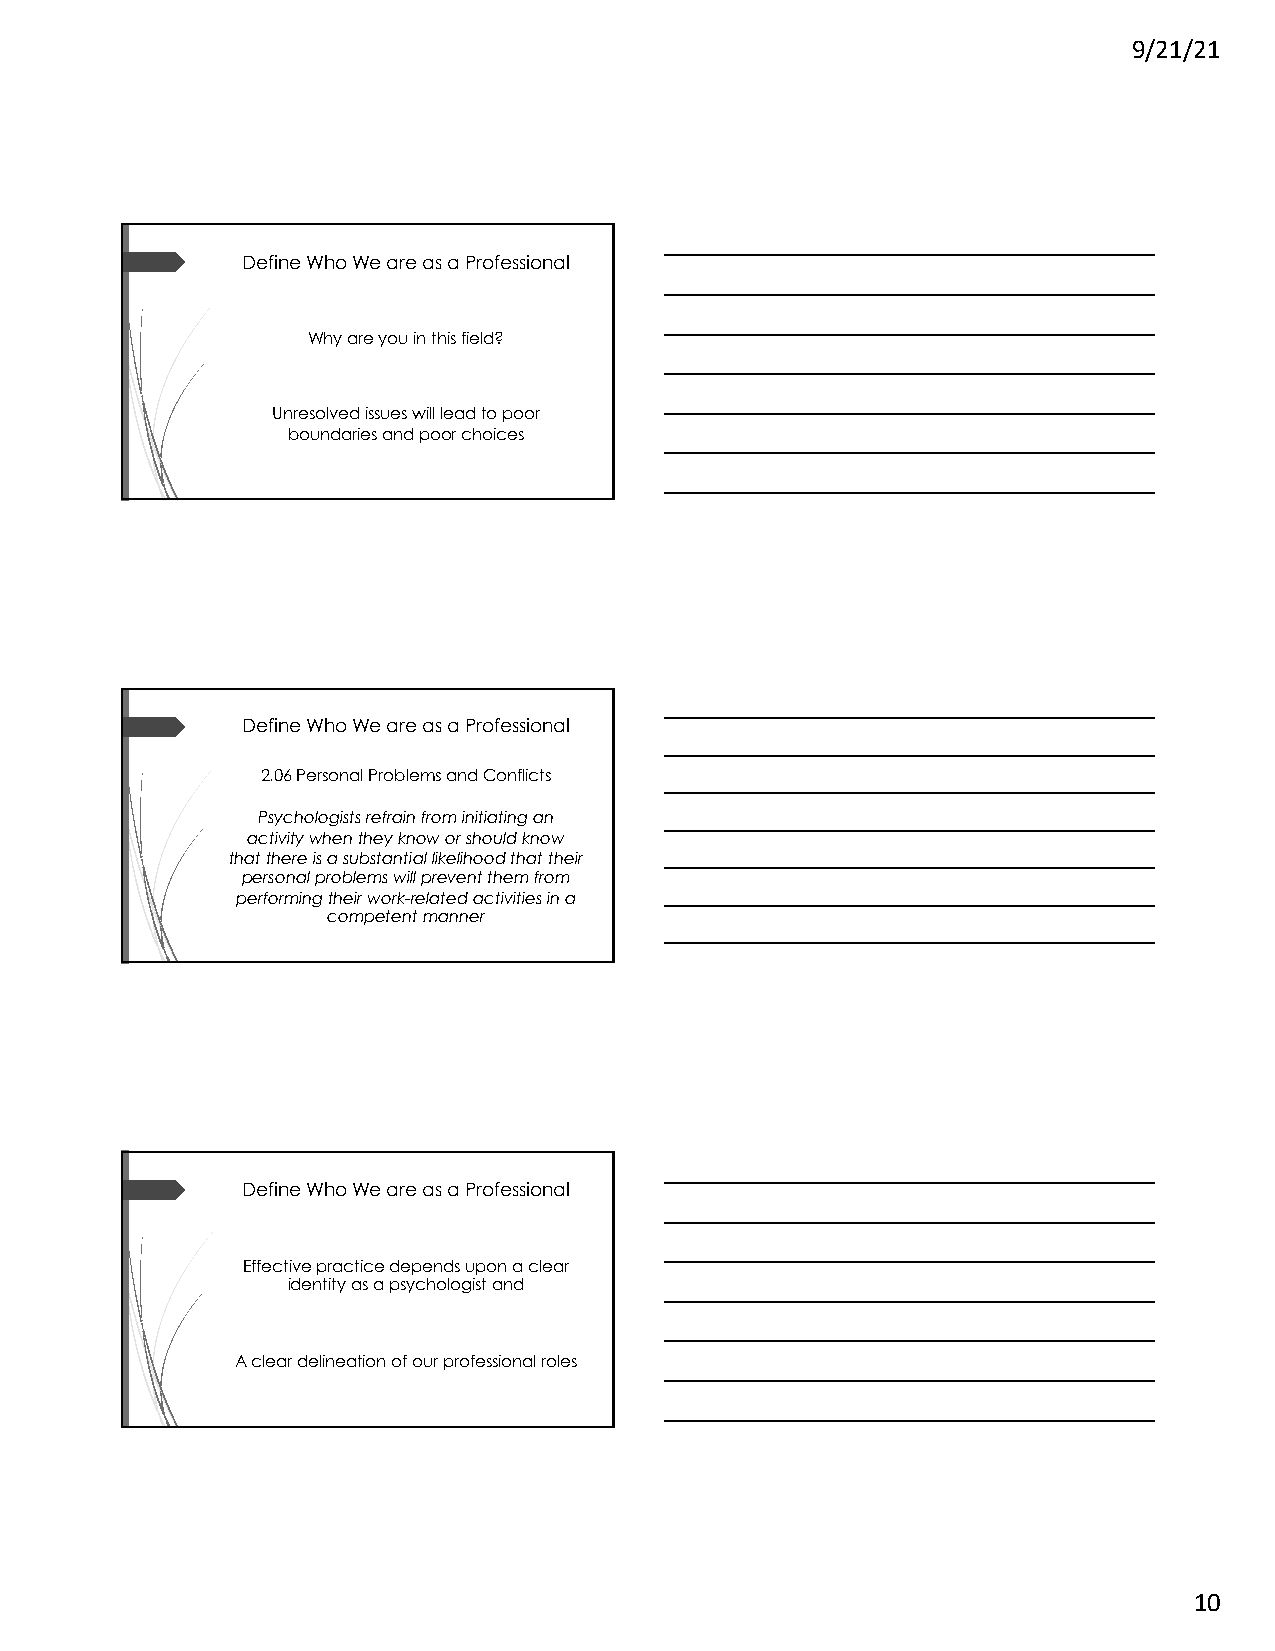
9/21/21
 Define Who We are as a Professional
 Why are you in this field?
 Unresolved issues will lead to poor
 boundaries and poor choices
 Define Who We are as a Professional
 2.06 Personal Problems and Conflicts
 Psychologists refrain from initiating an
 activity when they know or should know
 that there is a substantial likelihood that their
 personal problems will prevent them from
 performing their work-related activities in a
 competent manner
 Define Who We are as a Professional
 Effective practice depends upon a clear
 identity as a psychologist and
 A clear delineation of our professional roles
 10